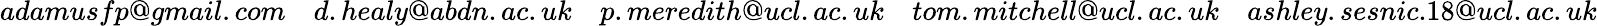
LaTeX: adamusfp@gmail.com\quad d.healy@abdn.ac.uk\quad p.meredith@ucl.ac.uk\quad tom.mitchell@ucl.ac.uk\quad ashley.sesnic.18@ucl.ac.uk